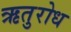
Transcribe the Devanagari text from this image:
ऋतुरोध